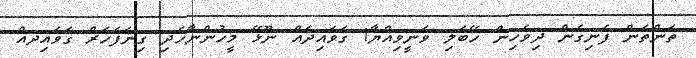
ތަންތަން ފެނިގެން ދިވެހިން ހޭބަލި ވަނީވިއްޔާ! ގަވައިދައް ނޫޅޭ މީހުންނާހެދި ގިނަފަހަރް ގަވައިދއް